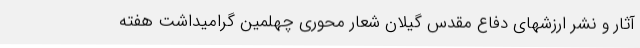
آثار و نشر ارزشهای دفاع مقدس گیلان شعار محوری چهلمین گرامیداشت هفته